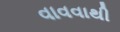
વાવવાથી